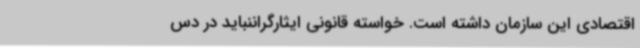
اقتصادی این سازمان داشته است. خواسته‌ قانونی ایثارگراننباید در دس